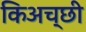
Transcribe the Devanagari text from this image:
किअच्छी